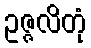
ဥဇ္ဇလိတုံ